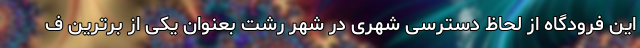
این فرودگاه از لحاظ دسترسی شهری در شهر رشت بعنوان یکی از برترین ف